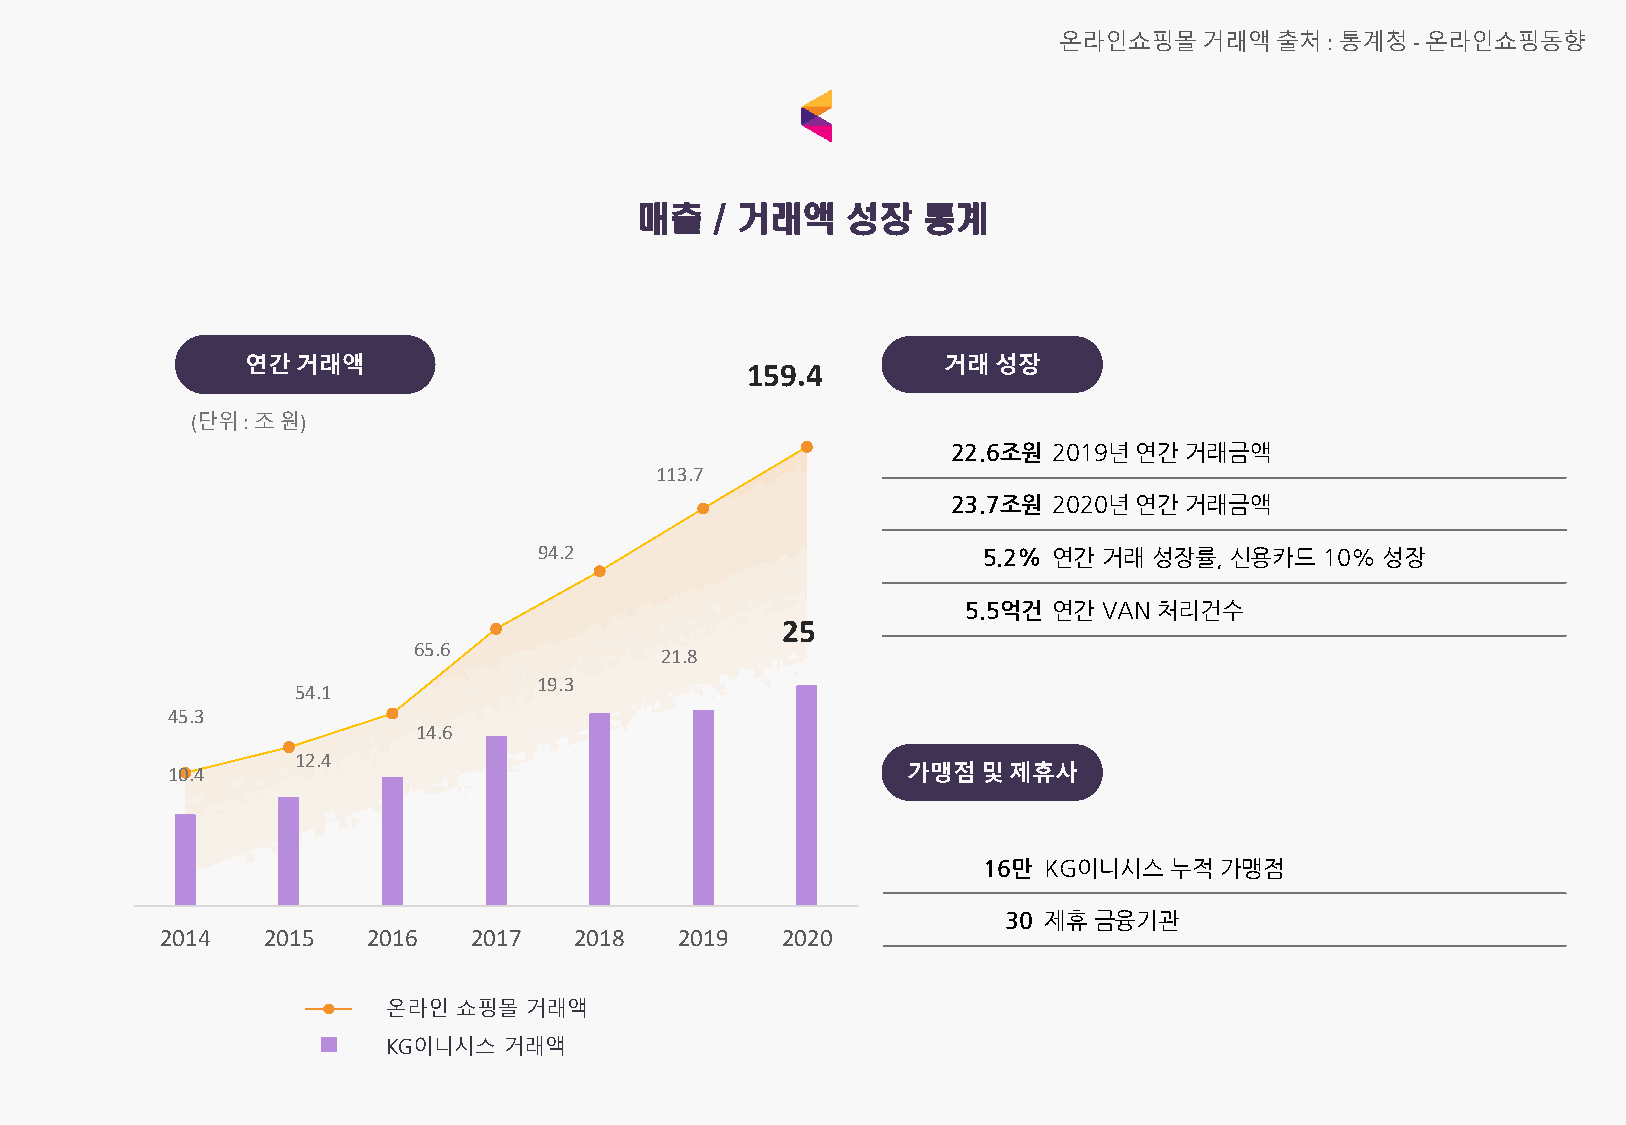
온라인쇼핑몰거래액출처:       통계청-온라인쇼핑동향
 매출   / 거래액    성장   통계
 연간거래액                                         거래성장
 159.4
 (단위: 조원)
 22.6조원 2019년연간 거래금액
 113.7
 23.7조원 2020년연간 거래금액
 94.2                         5.2% 연간 거래 성장률, 신용카드   10% 성장
 5.5억건 연간 VAN 처리건수
 25
 65.6
 21.8
 19.3
 54.1
 45.3
 14.6
 12.4
 10.4                                             가맹점및제휴사
 16만 KG이니시스  누적  가맹점
 30 제휴 금융기관
 2014  2015   2016   2017   2018   2019   2020
 온라인 쇼핑몰  거래액
 KG이니시스 거래액